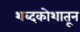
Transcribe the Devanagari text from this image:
शब्दकोशातून